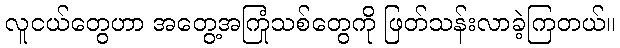
လူငယ်တွေဟာ အတွေ့အကြုံသစ်တွေကို ဖြတ်သန်းလာခဲ့ကြတယ်။